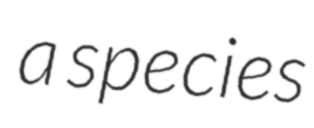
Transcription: a species